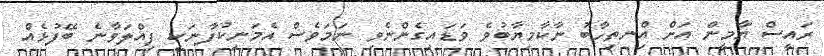
ރައީސް ޔާމީން އަށް އިްނތިހާބު ނާކާމިޔާބުވެ ވަޑައިގެންނެވި ނަމަވެސް އެމަނިކުފާނަކީ ފިއްލަވާނެ ބޭފުޅެއް